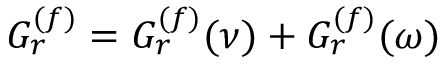
G _ { r } \sp { ( f ) } = G _ { r } \sp { ( f ) } ( \nu ) + G _ { r } \sp { ( f ) } ( \omega )